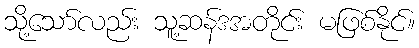
သို့သော်လည်း သူ့ဆန်ဒအတိုင်း မဖြစ်နိုင်။